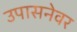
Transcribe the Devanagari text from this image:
उपासनेवर